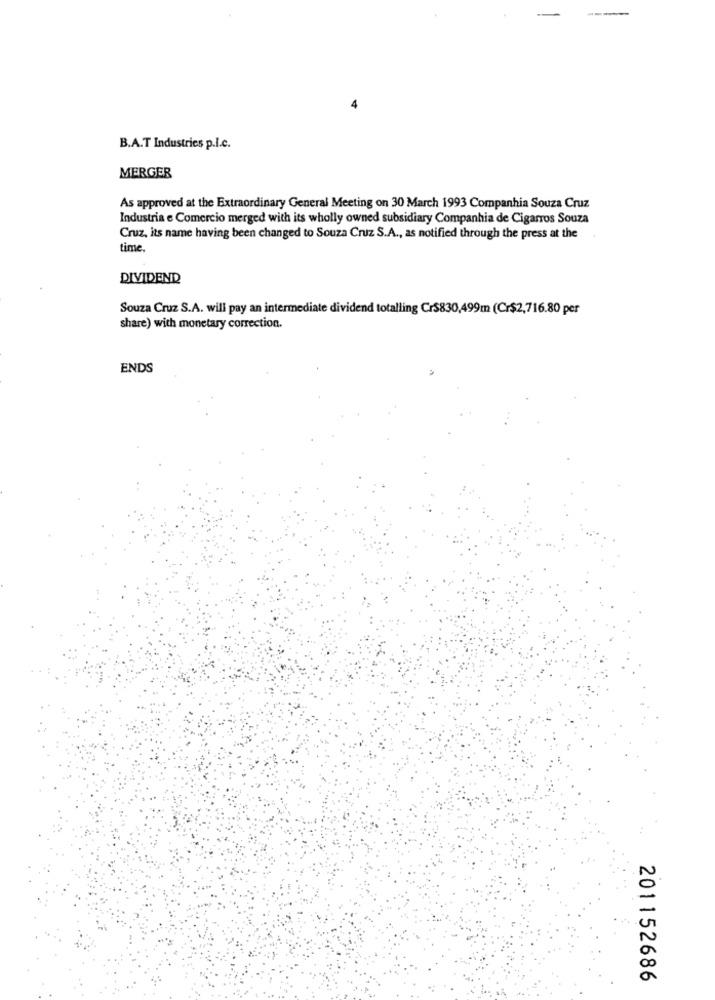
B.A.T Industries p.I.c.
MERGER
As approved at the Extraordinary General Meeting on 30 March 1993 Companhia Souza Cruz
Industria e Comercio merged with its wholly owned subsidiary Companhia de Cigarros Souza
Cruz, its name having been changed to Souza Cruz S.A ., as notified through the press at the
time.
DIVIDEND
Souza Cruz S.A. will pay an intermediate dividend totalling Cr$830,499m (Cr$2,716.80 per
share) with monetary correction.
ENDS
201152686